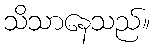
သိသာနေသည်။